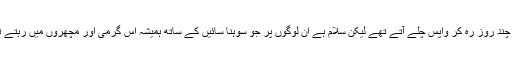
ہم تو چند روز رہ کر واپس چلے آتے تھے لیکن سلام ہے ان لوگوں پر جو سوہنا سائیں کے ساتھ ہمیشہ اس گرمی اور مچھروں میں رہتے تھے۔